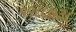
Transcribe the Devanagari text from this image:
११८८७३८